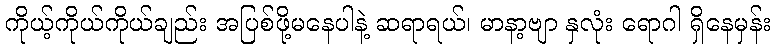
ကိုယ့်ကိုယ်ကိုယ်ချည်း အပြစ်ဖို့မနေပါနဲ့ ဆရာရယ်၊ မာနာ့ဗျာ နှလုံး ရောဂါ ရှိနေမှန်း